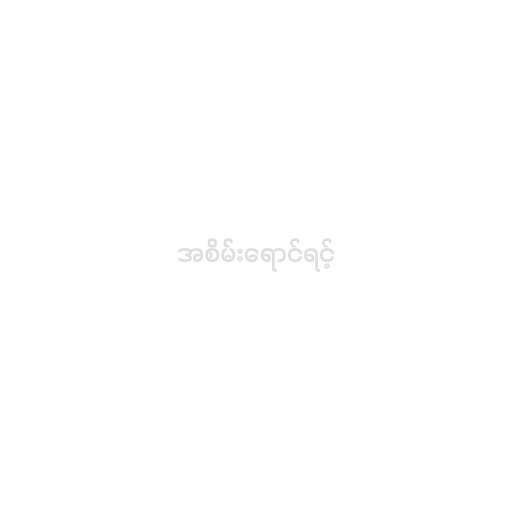
အစိမ်းရောင်ရင့်